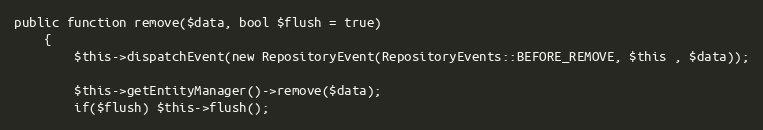
Language: PHP
public function remove($data, bool $flush = true)
    {
        $this->dispatchEvent(new RepositoryEvent(RepositoryEvents::BEFORE_REMOVE, $this , $data));

        $this->getEntityManager()->remove($data);
        if($flush) $this->flush();